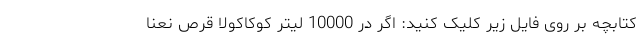
کتابچه بر روی فایل زیر کلیک کنید: اگر در 10000 لیتر کوکاکولا قرص نعنا